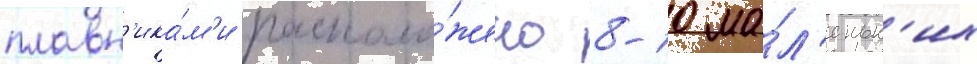
плавн'ика́м'и располо́жено 8-10 ма́л'еньк'их